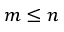
m \leq n